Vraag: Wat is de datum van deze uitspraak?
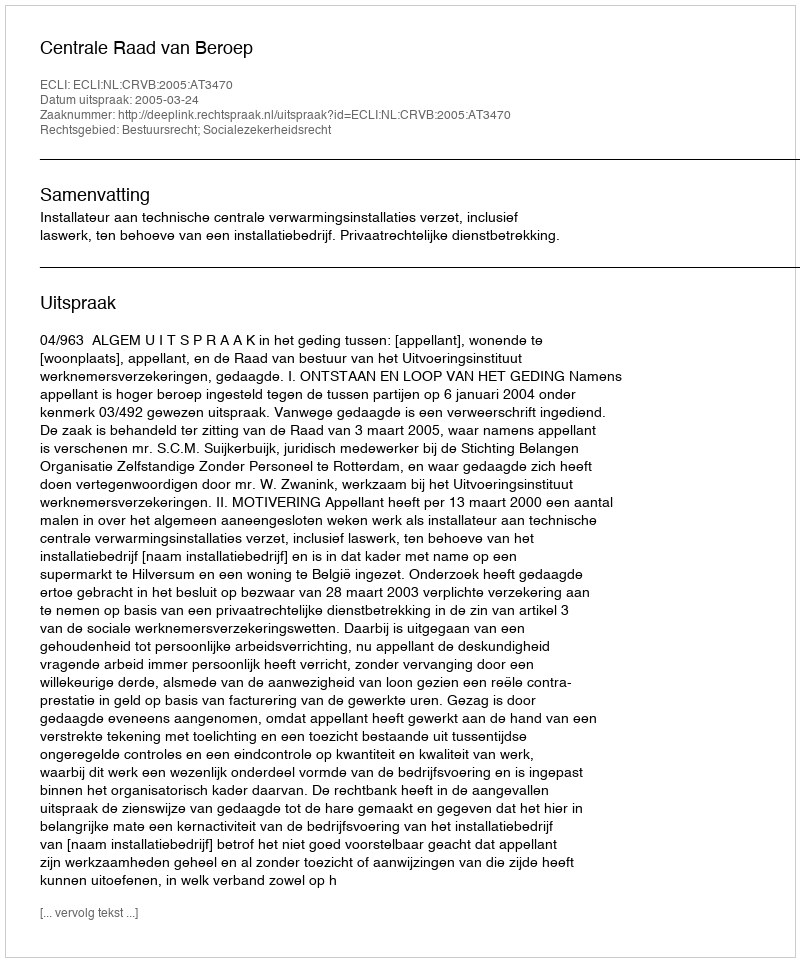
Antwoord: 2005-03-24